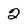
Character: 2